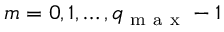
m = 0 , 1 , \ldots , q _ { \mathrm { ~ m ~ a ~ x ~ } } - 1